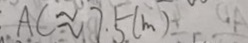
A C \approx 7 . 5 ( m )